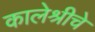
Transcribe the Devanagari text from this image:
कालेश्रीचे